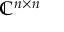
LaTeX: \mathbb { C } ^ { n \times n }